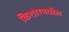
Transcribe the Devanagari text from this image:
किशोरमधील